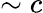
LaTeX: \sim c